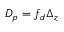
D _ { p } = f _ { d } \Delta _ { z }